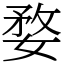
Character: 婺